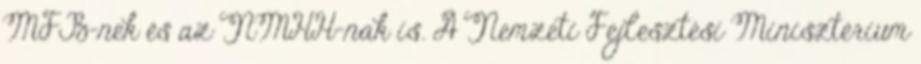
MFB-nek és az NMHH-nak is. A Nemzeti Fejlesztési Minisztérium